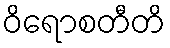
ဝိရောစတီတိ